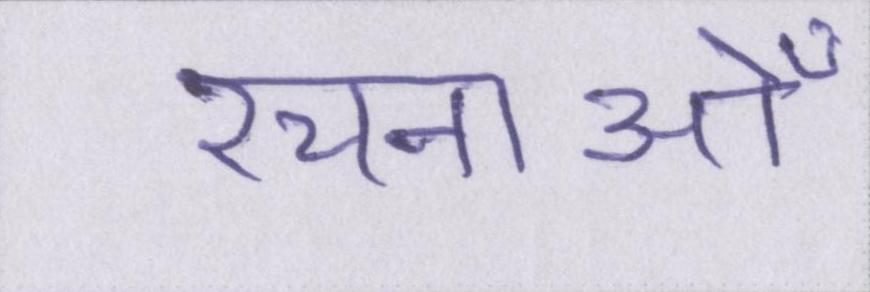
रचनाओँ